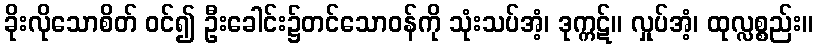
ခိုးလိုသောစိတ် ဝင်၍ ဦးခေါင်း၌တင်သောဝန်ကို သုံးသပ်အံ့၊ ဒုက္ကဋ်။ လှုပ်အံ့၊ ထုလ္လစ္စည်း။